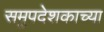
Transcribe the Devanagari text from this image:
समुपदेशकाच्या